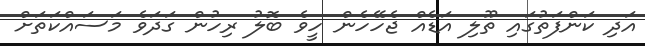
އަދި ކަންފަތުގައި ތޫލި އަޑެއް ޖެހޭހެން ހީވެ ބޮލު ރިހުން ގަދަވެ މަސައްކަތަށް